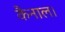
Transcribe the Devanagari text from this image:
कैनाल।